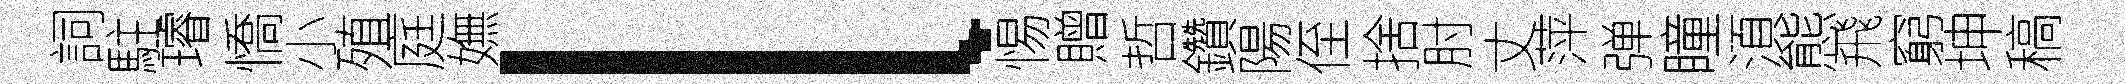
詞駐璿憍小殖庭嫵l惕贈哲鑽陽侄捨肘丈萍弹瞳湏態飛窮坤稿